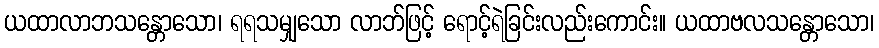
ယထာလာဘသန္တောသော၊ ရရသမျှသော လာဘ်ဖြင့် ရောင့်ရဲခြင်းလည်းကောင်း။ ယထာဗလသန္တောသော၊